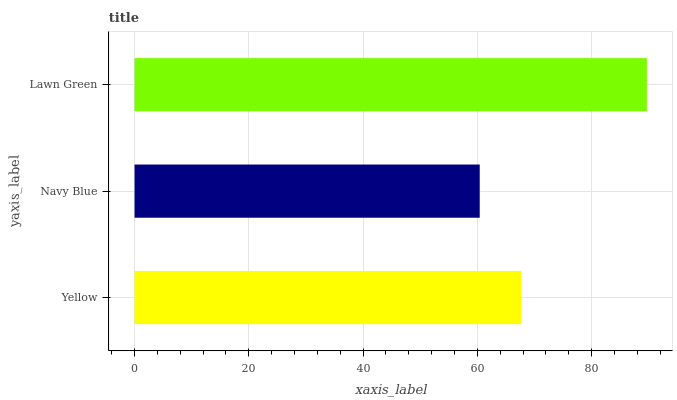
| yaxis_label | bars |
 | --- | --- |
 | Yellow | 67.7 |
 | Navy Blue | 60.4 |
 | Lawn Green | 89.7 |